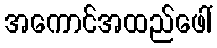
အကောင်အထည်ဖေါ်